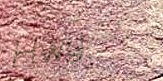
Hwy